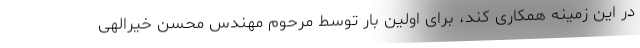
در این زمینه همکاری کند، برای اولین بار توسط مرحوم مهندس محسن خیرالهی